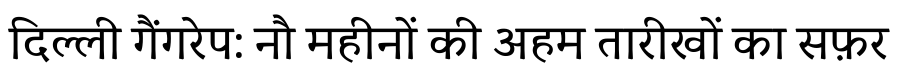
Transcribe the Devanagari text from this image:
दिल्ली गैंगरेप: नौ महीनों की अहम तारीखों का सफ़र